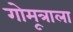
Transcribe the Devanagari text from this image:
गोमूत्राला